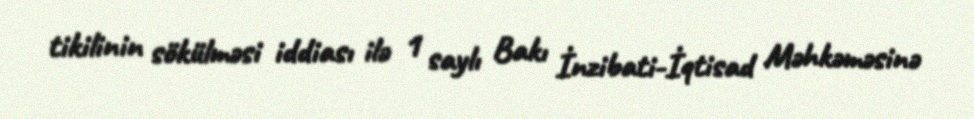
tikilinin sökülməsi iddiası ilə 1 saylı Bakı İnzibati-İqtisad Məhkəməsinə